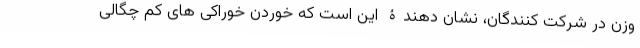
وزن در شرکت کنندگان، نشان دهندۀ این است که خوردن خوراکی های کم چگالی